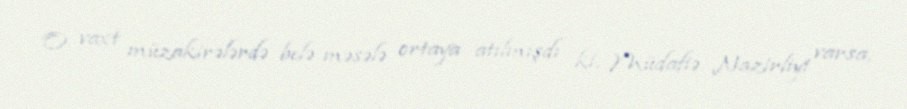
O vaxt müzakirələrdə belə məsələ ortaya atılmışdı ki, Müdafiə Nazirliyi varsa,